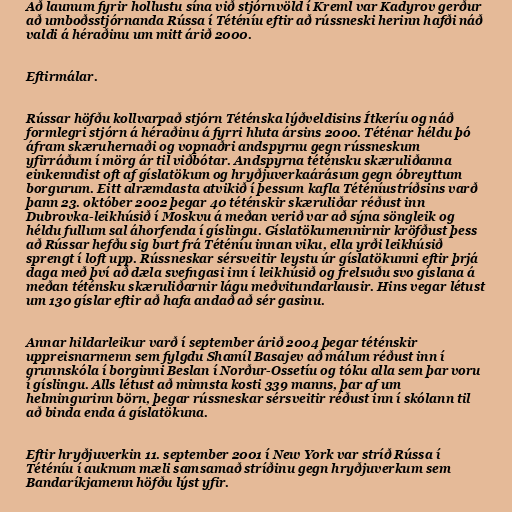
Að launum fyrir hollustu sína við stjórnvöld í Kreml var Kadyrov gerður
að umboðsstjórnanda Rússa í Téténíu eftir að rússneski herinn hafði náð
valdi á héraðinu um mitt árið 2000.

Eftirmálar.

Rússar höfðu kollvarpað stjórn Téténska lýðveldisins Ítkeríu og náð
formlegri stjórn á héraðinu á fyrri hluta ársins 2000. Téténar héldu þó
áfram skæruhernaði og vopnaðri andspyrnu gegn rússneskum
yfirráðum í mörg ár til viðbótar. Andspyrna téténsku skæruliðanna
einkenndist oft af gíslatökum og hryðjuverkaárásum gegn óbreyttum
borgurum. Eitt alræmdasta atvikið í þessum kafla Téténíustríðsins varð
þann 23. október 2002 þegar 40 téténskir skæruliðar réðust inn
Dubrovka-leikhúsið í Moskvu á meðan verið var að sýna söngleik og
héldu fullum sal áhorfenda í gíslingu. Gíslatökumennirnir kröfðust þess
að Rússar hefðu sig burt frá Téténíu innan viku, ella yrði leikhúsið
sprengt í loft upp. Rússneskar sérsveitir leystu úr gíslatökunni eftir þrjá
daga með því að dæla svefngasi inn í leikhúsið og frelsuðu svo gíslana á
meðan téténsku skæruliðarnir lágu meðvitundarlausir. Hins vegar létust
um 130 gíslar eftir að hafa andað að sér gasinu.

Annar hildarleikur varð í september árið 2004 þegar téténskir
uppreisnarmenn sem fylgdu Shamíl Basajev að málum réðust inn í
grunnskóla í borginni Beslan í Norður-Ossetíu og tóku alla sem þar voru
í gíslingu. Alls létust að minnsta kosti 339 manns, þar af um
helmingurinn börn, þegar rússneskar sérsveitir réðust inn í skólann til
að binda enda á gíslatökuna.

Eftir hryðjuverkin 11. september 2001 í New York var stríð Rússa í
Téténíu í auknum mæli samsamað stríðinu gegn hryðjuverkum sem
Bandaríkjamenn höfðu lýst yfir.